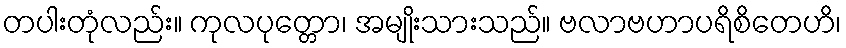
တပါးတုံလည်း။ ကုလပုတ္တော၊ အမျိုးသားသည်။ ဗလာဗဟာပရိစိတေဟိ၊